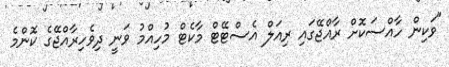
"ވަކިން ހާއްސަކޮށް ރާއްޖޭގައި ރިއަލް އެސްޓޭޓް މާކެޓް މުހިއްމު ވަނީ ދިވެހިރާއްޖޭގެ ކޮންމެ